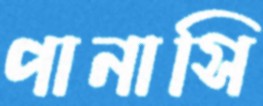
পানাসি